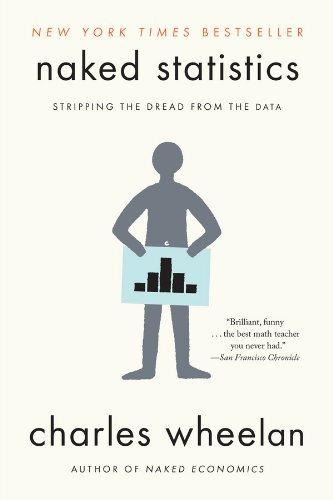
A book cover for Naked Statistics: Stripping the Dread from the Data; Charles Wheelan; Science & Math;